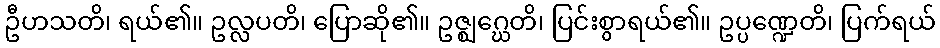
ဦဟသတိ၊ ရယ်၏။ ဥလ္လပတိ၊ ပြောဆို၏။ ဥဇ္ဈဂ္ဃေတိ၊ ပြင်းစွာရယ်၏။ ဥပ္ပဏ္ဍေတိ၊ ပြက်ရယ်